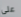
على